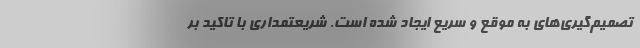
تصمیم‌گیری‌های به موقع و سریع ایجاد شده است. شریعتمداری با تاکید بر